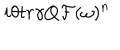
i \theta t r \gamma Q { \cal F } ( \omega ) ^ { n }